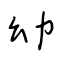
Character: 幼